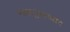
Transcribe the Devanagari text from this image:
मालपुव्यावार